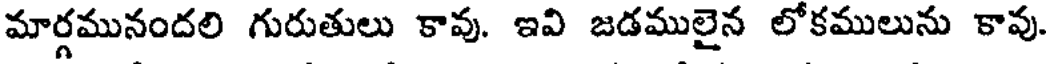
మార్గమునందలి గురుతులు కావు. ఇవి జడములైన లోకములును కావు